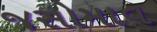
જસોમાવ